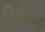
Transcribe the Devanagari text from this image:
शिस्किन